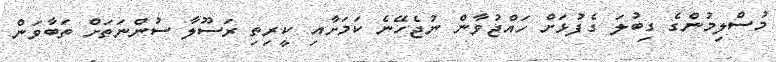
މުސްލިމުންގެ ގިބުލަ ގެފުޅަށް ހައްޖުވާން ނުޖެހޭނެ ކަމަށާއި ކީރިތި ރަސޫލާ ސުންނަތަށް ތަބާވަން